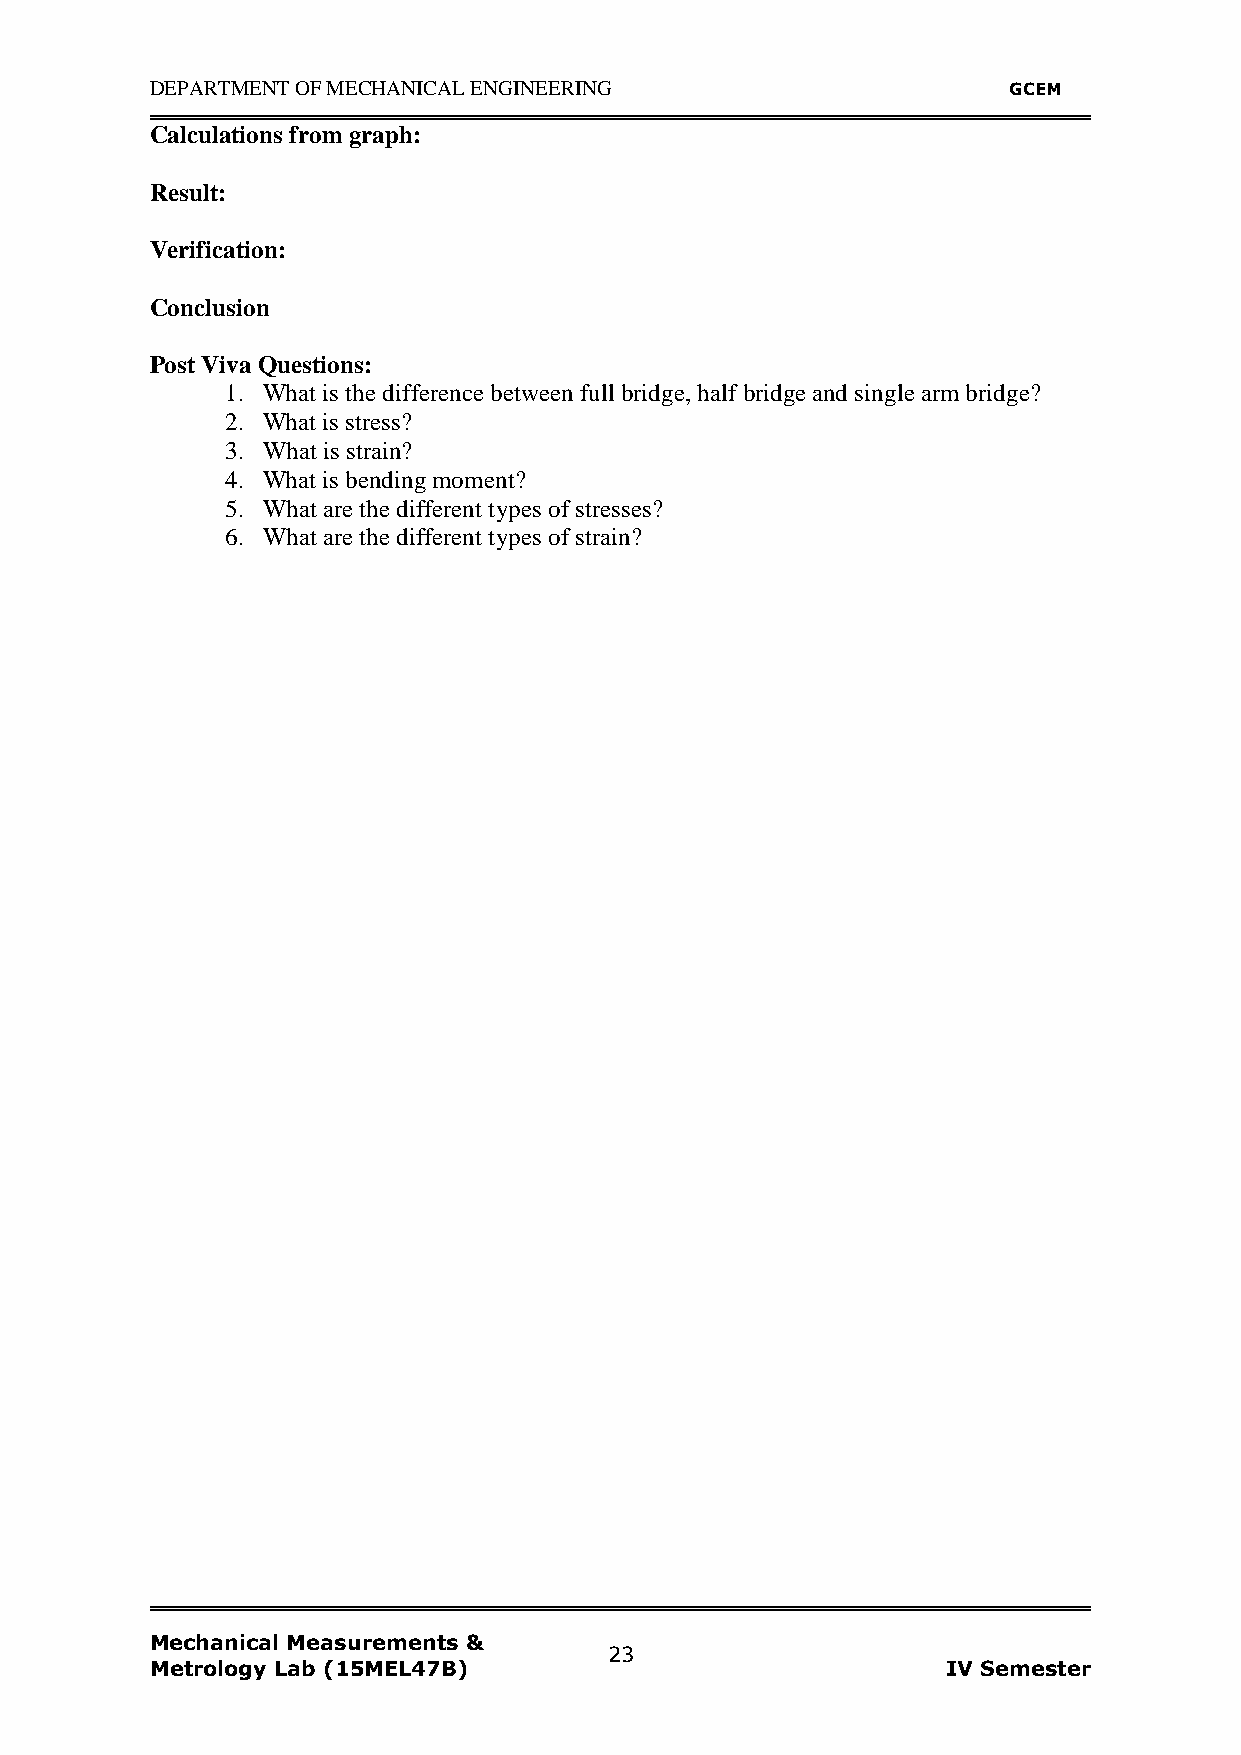
DEPARTMENT OF MECHANICAL ENGINEERING                     GCEM
 Calculations from graph:
 Result:
 Verification:
 Conclusion
 Post Viva Questions:
 1. What is the difference between full bridge, half bridge and single arm bridge?
 2. What is stress?
 3. What is strain?
 4. What is bending moment?
 5. What are the different types of stresses?
 6. What are the different types of strain?
 Mechanical Measurements &
 23
 Metrology Lab (15MEL47B)                             IV Semester